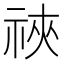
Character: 𫀋